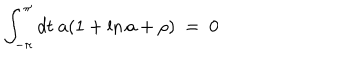
\int _ { - \pi } ^ { \pi } d t ~ a ( 1 + \ln a + \rho ) \ = \ 0